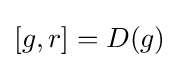
{\textstyle [g,r]=D(g)}